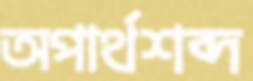
অপার্থশব্দ